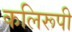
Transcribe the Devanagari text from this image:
कलिरूपी